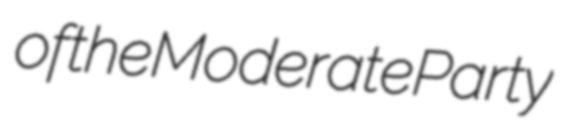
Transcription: of the Moderate Party